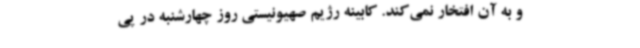
و به آن افتخار نمی‌کند. کابینه رژیم صهیونیستی روز چهارشنبه در پی